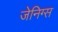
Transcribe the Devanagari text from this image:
जेनिग्स